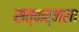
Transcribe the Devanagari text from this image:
सत्कर्मरत